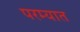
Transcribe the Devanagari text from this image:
परम्यात